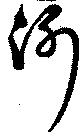
沂